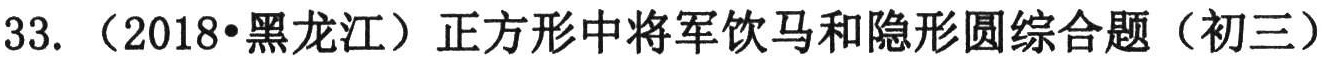
33. （2018•黑龙江）正方形中将军饮马和隐形圆综合题（初三）